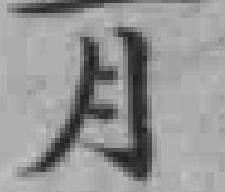
月